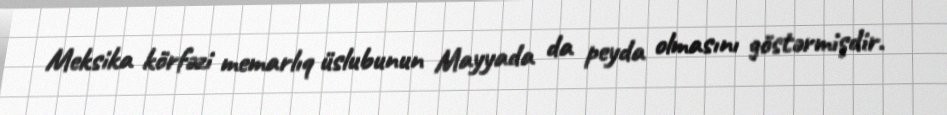
Meksika körfəzi memarlıq üslubunun Mayyada da peyda olmasını göstərmişdir.